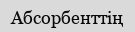
Абсорбенттің